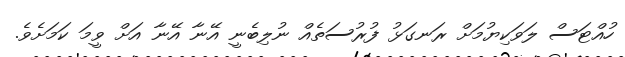
ހުއްޓަސް ލަވަކިޔުމަށް ރަނގަޅު ފުރުސަތެއް ނުލިބެނީ އޭނާ އޭނާ އަށް ވީމަ ކަމަށެވެ.